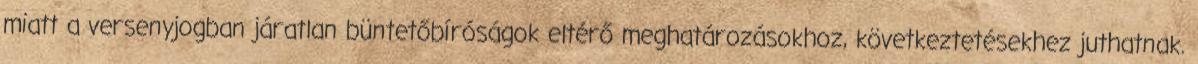
miatt a versenyjogban járatlan büntetőbíróságok eltérő meghatározásokhoz, következtetésekhez juthatnak.